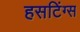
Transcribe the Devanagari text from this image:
हसटिंग्स